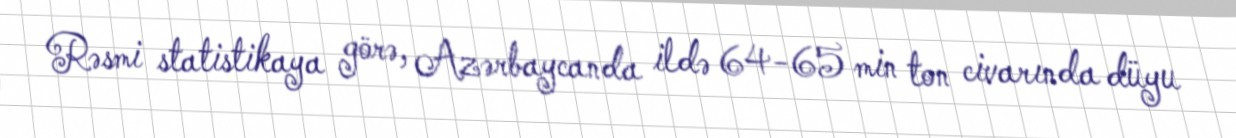
Rəsmi statistikaya görə, Azərbaycanda ildə 64-65 min ton civarında düyu